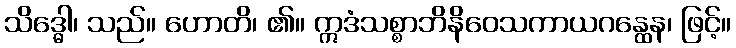
သိဒ္ဓေါ၊ သည်။ ဟောတိ၊ ၏။ ဣဒံသစ္စာဘိနိဝေသကာယဂန္ထေန၊ ဖြင့်။